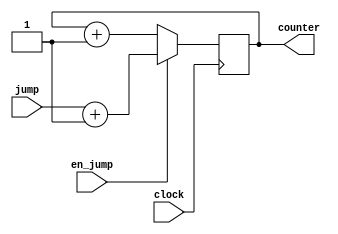
//Program counter with jump function

module pc (input wire clock, 
	input wire [63:0] jump,
	input wire en_jump,
	output reg [63:0] counter);

initial begin
	counter = 0;
end

always @(negedge(clock)) begin 

	if (en_jump == 0) begin 

		counter <= counter + 1;
	end
	
	$display("Counter: %d", counter);

	if (en_jump == 1) begin 

		counter <= jump + 1;
	end

end

endmodule